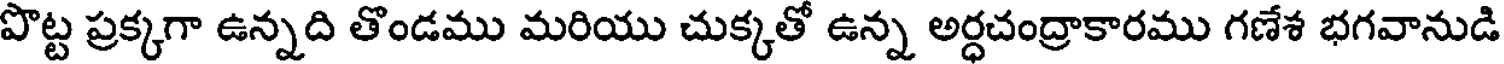
పొట్ట ప్రక్కగా ఉన్నది తొండము మరియు చుక్కతో ఉన్న అర్ధచంద్రాకారము గణేశ భగవానుడి